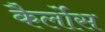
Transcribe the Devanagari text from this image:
कैर्लोस